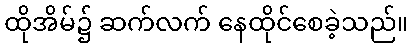
ထိုအိမ်၌ ဆက်လက် နေထိုင်စေခဲ့သည်။